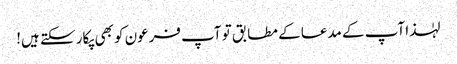
لہٰذا آپ کے مدعا کے مطابق تو آپ فرعون کو بھی پکار سکتے ہیں!